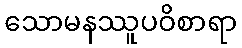
သောမနဿူပဝိစာရာ